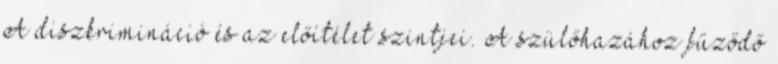
A diszkrimináció és az előítélet szintjei. A szülőhazához fűződő